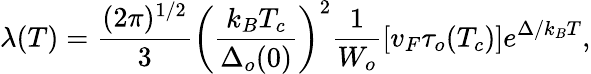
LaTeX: \lambda(T)=\frac{(2\pi)^{1/2}}{3}\left(\frac{k_{B}T_{c}}{\Delta_{o}(0)}\right)^{2}\frac{1}{W_{o}}[v_{F}\tau_{o}(T_{c})]e^{\Delta/k_{B}T},